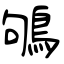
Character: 鴝